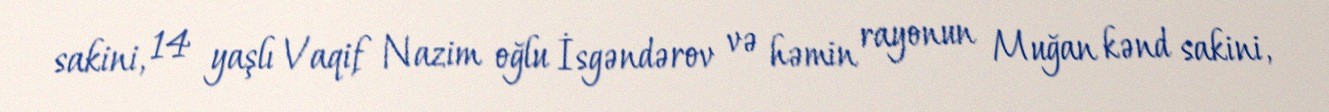
sakini, 14 yaşlı Vaqif Nazim oğlu İsgəndərov və həmin rayonun Muğan kənd sakini,